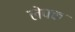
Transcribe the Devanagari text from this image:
लेपक